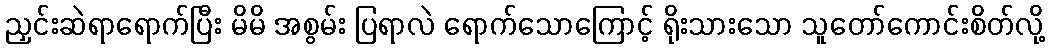
ညှင်းဆဲရာရောက်ပြီး မိမိ အစွမ်း ပြရာလဲ ရောက်သောကြောင့် ရိုးသားသော သူတော်ကောင်းစိတ်လို့